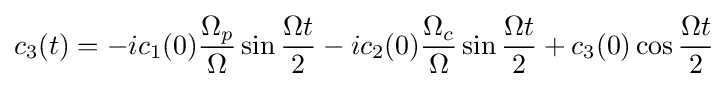
c_{3}(t)=-ic_{1}(0){\frac {\Omega _{p}}{\Omega }}\sin {\frac {\Omega t}{2}}-ic_{2}(0){\frac {\Omega _{c}}{\Omega }}\sin {\frac {\Omega t}{2}}+c_{3}(0)\cos {\frac {\Omega t}{2}}